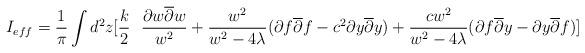
LaTeX: \begin{align*}I_{eff}=\frac {1}{\pi } \int d^2z [ \frac {k}{2} \ \ \frac { \partial w\overline {\partial }w}{w^2} + \frac {w^2}{w^2 - 4 \lambda } ( \partial f \overline {\partial }f - c^2\partial y \overline {\partial } y)+ \frac {cw^2}{w^2 -4 \lambda } (\partial f \overline {\partial } y -\partial y \overline {\partial } f )]\end{align*}